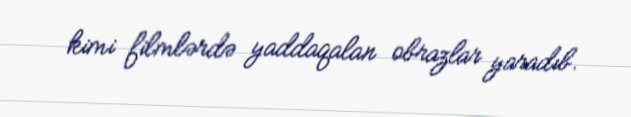
kimi filmlərdə yaddaqalan obrazlar yaradıb.